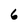
Character: 6